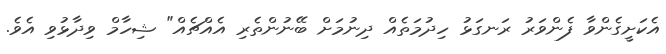
އެކަށީގެންވާ ފެންވަރު ރަނގަޅު ހިދުމަތެއް ދިނުމަށް ބޭނުންތެރި އެއްޗެއް" ޝިހާމް ވިދާޅުވި އެވެ.